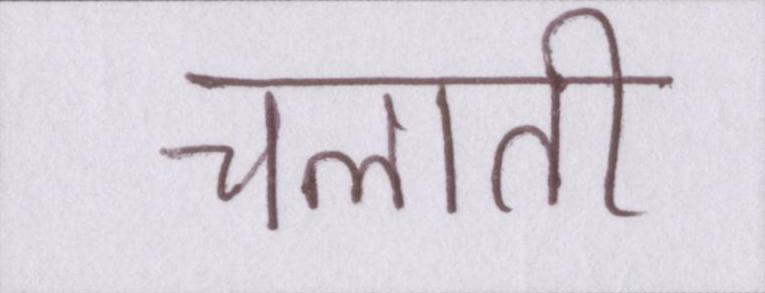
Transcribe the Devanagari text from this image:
चलाती